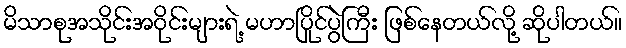
မိသာစုအသိုင်းအဝိုင်းများရဲ့ မဟာပြိုင်ပွဲကြီး ဖြစ်နေတယ်လို့ ဆိုပါတယ်။